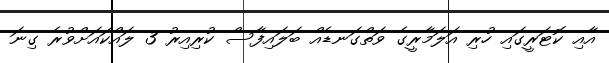
އާއި ކޮޓަރީގައި ހުރި އަލަމާރީގެ ވަތްގަނޑެއް ބަލައިފާސް ކުރިއިރު 3 ލައްކައަށްވުރެ ގިނަ